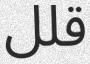
قلل